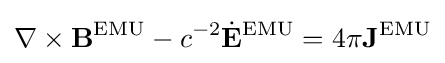
\nabla \times \mathbf {B} ^{\text{EMU}}-c^{-2}{\dot {\mathbf {E} }}^{\text{EMU}}=4\pi \mathbf {J} ^{\text{EMU}}